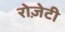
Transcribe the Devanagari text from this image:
रोज़ेटी